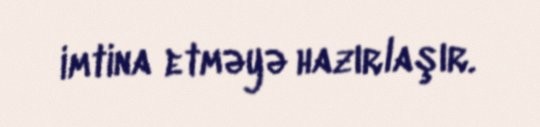
imtina etməyə hazırlaşır.